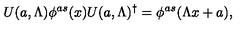
U ( a , \Lambda ) \phi ^ { a s } ( x ) U ( a , \Lambda ) ^ { \dagger } = \phi ^ { a s } ( \Lambda x + a ) ,